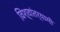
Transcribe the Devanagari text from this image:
विश्वांतर्यामी